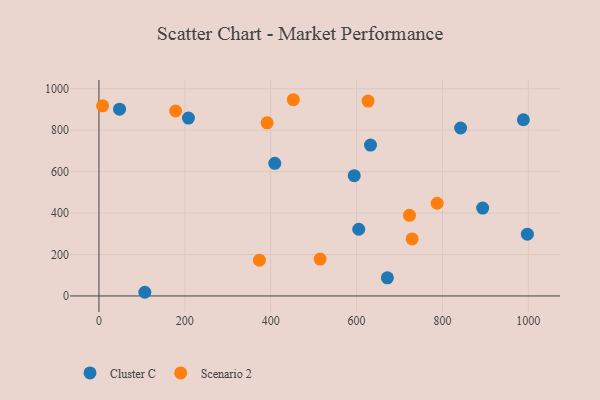
{"axis": {"x": "Study Hours", "y": "Rating"}, "legend": ["Cluster C", "Scenario 2"], "data": [{"x": "988.4", "y": 850.4, "type": "Cluster C"}, {"x": "208.4", "y": 858.4, "type": "Cluster C"}, {"x": "594.5", "y": 580.6, "type": "Cluster C"}, {"x": "409.5", "y": 640.1, "type": "Cluster C"}, {"x": "48.0", "y": 901.6, "type": "Cluster C"}, {"x": "632.4", "y": 728.1, "type": "Cluster C"}, {"x": "842.2", "y": 810.6, "type": "Cluster C"}, {"x": "671.7", "y": 87.4, "type": "Cluster C"}, {"x": "893.6", "y": 424.0, "type": "Cluster C"}, {"x": "605.0", "y": 322.0, "type": "Cluster C"}, {"x": "997.7", "y": 298.4, "type": "Cluster C"}, {"x": "106.9", "y": 17.8, "type": "Cluster C"}, {"x": "729.3", "y": 275.3, "type": "Scenario 2"}, {"x": "787.6", "y": 447.5, "type": "Scenario 2"}, {"x": "178.6", "y": 892.5, "type": "Scenario 2"}, {"x": "391.7", "y": 835.4, "type": "Scenario 2"}, {"x": "373.7", "y": 172.6, "type": "Scenario 2"}, {"x": "723.1", "y": 389.0, "type": "Scenario 2"}, {"x": "515.1", "y": 177.8, "type": "Scenario 2"}, {"x": "626.7", "y": 940.6, "type": "Scenario 2"}, {"x": "8.6", "y": 917.7, "type": "Scenario 2"}, {"x": "452.6", "y": 947.0, "type": "Scenario 2"}]}